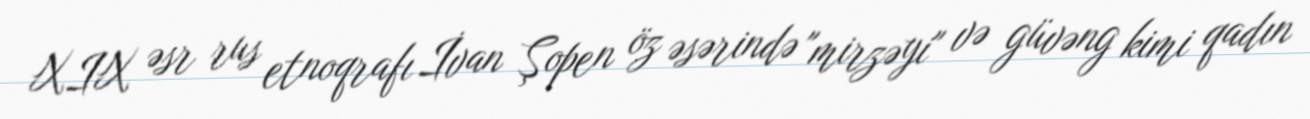
XIX əsr rus etnoqrafı İvan Şopen öz əsərində "mirzəyi" və güvəng kimi qadın